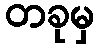
တခုမှ